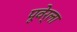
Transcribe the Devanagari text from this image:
पूवेर्ला